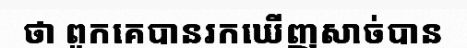
ថា ពួកគេបានរកឃើញសាច់បាន